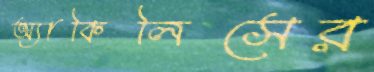
অ্যাকিলিসের